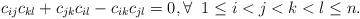
LaTeX: \begin{align*}c_{ij} c_{kl}+c_{jk}c_{il}-c_{ik}c_{jl}=0,\forall\;\; 1\leq i<j<k<l\leq n.\end{align*}